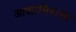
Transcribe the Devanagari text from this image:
आशानिराशा